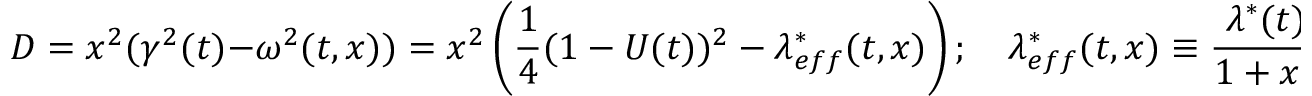
D = x ^ { 2 } ( \gamma ^ { 2 } ( t ) - \omega ^ { 2 } ( t , x ) ) = x ^ { 2 } \left( { \frac { 1 } { 4 } } ( 1 - U ( t ) ) ^ { 2 } - \lambda _ { e f f } ^ { * } ( t , x ) \right) ; \quad \lambda _ { e f f } ^ { * } ( t , x ) \equiv { \frac { \lambda ^ { * } ( t ) } { 1 + x ^ { 2 } } }